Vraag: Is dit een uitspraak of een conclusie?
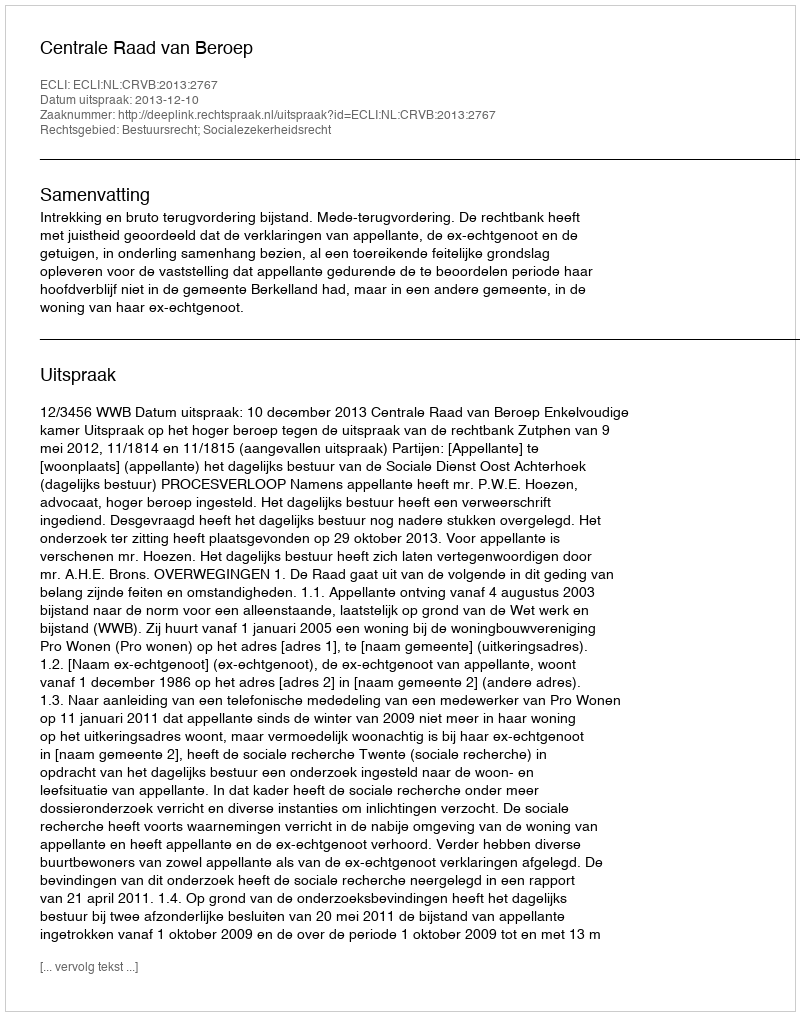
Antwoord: Uitspraak